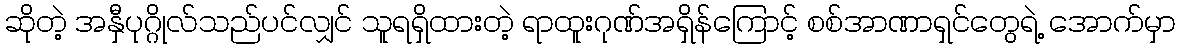
ဆိုတဲ့ အနှီပုဂ္ဂိုလ်သည်ပင်လျှင် သူရရှိထားတဲ့ ရာထူးဂုဏ်အရှိန်ကြောင့် စစ်အာဏာရှင်တွေရဲ့ အောက်မှာ